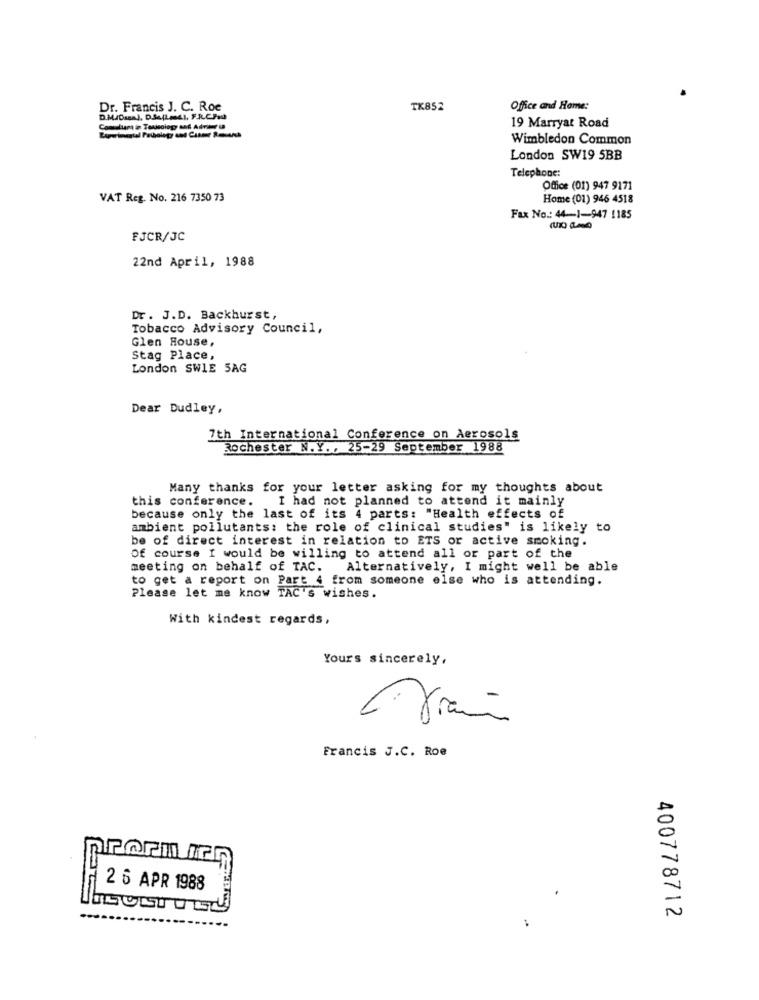
Dr. Francis J. C. Roe
TK852
Office and Home:
D.M.Osea), D.Sa(La4), F.R.C.Path
19 Marryat Road
Wimbledon Common
London SW19 5BB
Telephone:
Office (01) 947 9171
VAT Reg. No. 216 7350 73
Home (01) 946 4518
Fax No .: 44-1-947 1185
FJCR/JC
22nd April, 1988
Dr . J.D. Backhurst,
Tobacco Advisory Council,
Glen House,
Stag Place,
London SWIE 5AG
Dear Dudley,
7th International Conference on Aerosols
Rochester N.Y ., 25-29 September 1988
Many thanks for your letter asking for my thoughts about
this conference. I had not planned to attend it mainly
because only the last of its 4 parts: "Health effects of
ambient pollutants: the role of clinical studies" is likely to
be of direct interest in relation to ETS or active smoking.
Of course I would be willing to attend all or part of the
meeting on behalf of TAC. Alternatively, I might well be able
to get a report on Part 4 from someone else who is attending.
Please let me know TAC's wishes.
With kindest regards,
Yours sincerely,
Francis J.C. Roe
Porm Ich
2 6 APR 1988
400778712